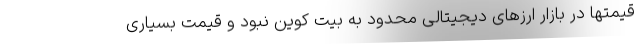
قیمتها در بازار ارزهای دیجیتالی محدود به بیت کوین نبود و قیمت بسیاری